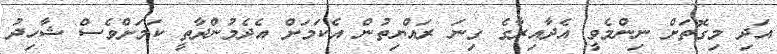
އަދި މިގޮތަށް ނިންމެވީ އެދާއިރާގެ ގިނަ ރައްޔިތުން އެކަމަށް އެދެމުންދާތީ ކަމަށްވެސް ޝާހިދު